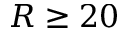
R \geq 2 0